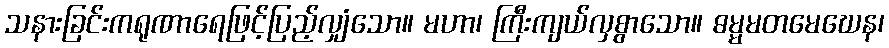
သနားခြင်းကရုဏာရေဖြင့်ပြည့်လျှံသော။ မဟာ၊ ကြီးကျယ်လှစွာသော။ ဓမ္မမတမေဃေန၊